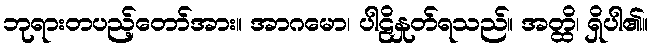
ဘုရားတပည့်တော်အား။ အာဂမော၊ ပါဠိနှုတ်ရသည်။ အတ္ထိ၊ ရှိပါ၏။